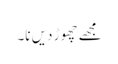
مجھے چھوڑ دیں نا۔